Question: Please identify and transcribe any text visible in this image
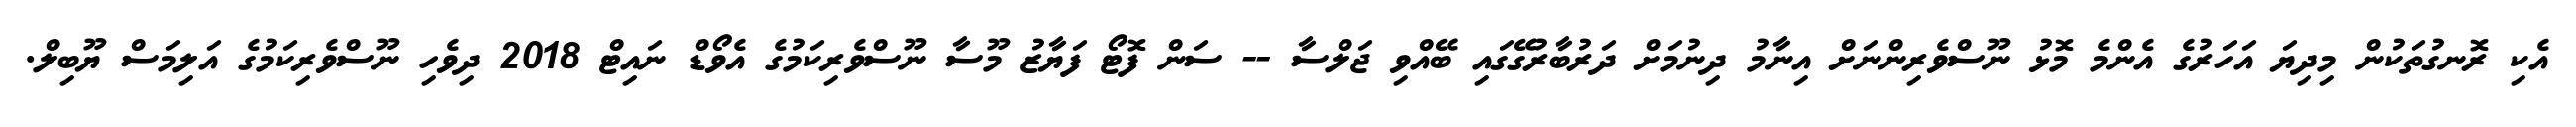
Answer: އެކި ރޮނގުތަކުން މިދިޔަ އަހަރުގެ އެންމެ މޮޅު ނޫސްވެރިންނަށް އިނާމު ދިނުމަށް ދަރުބާރުގޭގައި ބޭއްވި ޖަލްސާ -- ސަން ފޮޓޯ ފަޔާޒު މޫސާ ނޫސްވެރިކަމުގެ އެވޯޑް ނައިޓް 2018 ދިވެހި ނޫސްވެރިކަމުގެ އަލިމަސް ޔޫބިލް.